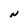
Character: N